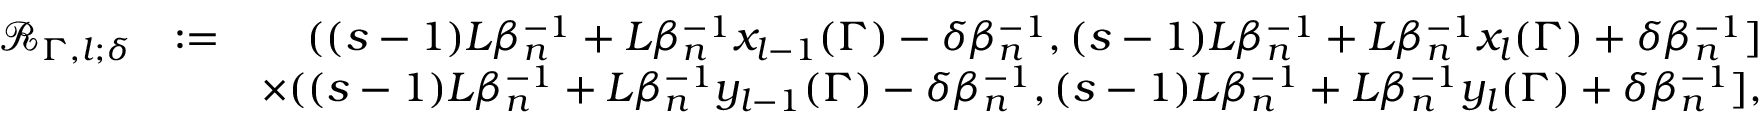
\begin{array} { r l r } { \mathscr { R } _ { \Gamma , l ; \delta } } & { : = } & { ( ( s - 1 ) L \beta _ { n } ^ { - 1 } + L \beta _ { n } ^ { - 1 } x _ { l - 1 } ( \Gamma ) - \delta \beta _ { n } ^ { - 1 } , ( s - 1 ) L \beta _ { n } ^ { - 1 } + L \beta _ { n } ^ { - 1 } x _ { l } ( \Gamma ) + \delta \beta _ { n } ^ { - 1 } ] } \\ & { } & { \times ( ( s - 1 ) L \beta _ { n } ^ { - 1 } + L \beta _ { n } ^ { - 1 } y _ { l - 1 } ( \Gamma ) - \delta \beta _ { n } ^ { - 1 } , ( s - 1 ) L \beta _ { n } ^ { - 1 } + L \beta _ { n } ^ { - 1 } y _ { l } ( \Gamma ) + \delta \beta _ { n } ^ { - 1 } ] , } \end{array}